Indian journal of veterinary science and animal husbandry - Volume 11,
Year: 1941
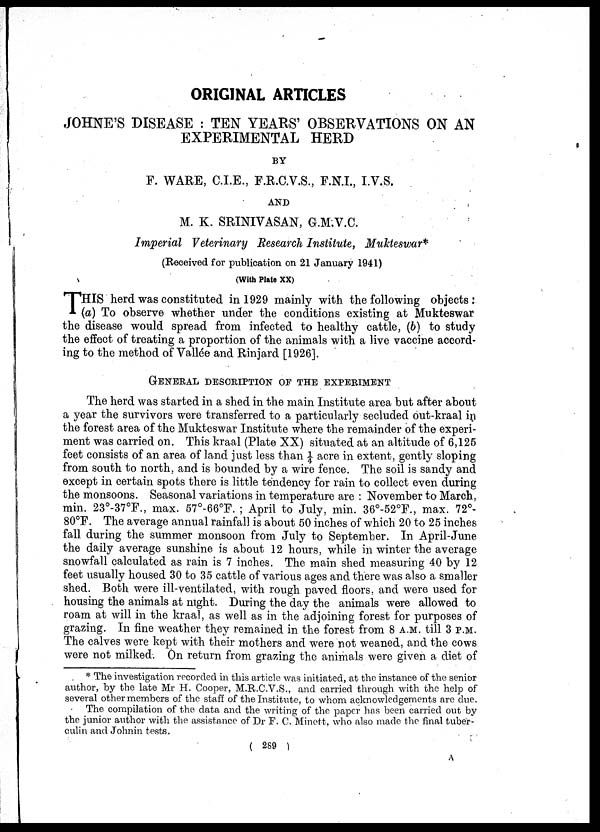
ORIGINAL ARTICLES
JOHNE'S DISEASE : TEN YEARS' OBSERVATIONS ON AN
EXPERIMENTAL HERD
BY
F. WARE, C.I.E., F.R.C.V.S., F.N.I., I.V.S.
AND
M. K. SRINIVASAN, G.M.V.C.
Imperial Veterinary Research Institute, Mukteswar*
(Received for publication on 21 January 1941)
(With Plate XX)
T HIS herd was constituted in 1929 mainly with the following objects:
(a) To observe whether under the conditions existing at Mukteswar
the disease would spread from infected to healthy cattle, (b) to study
the effect of treating a proportion of the animals with a live vaccine accord-
ing to the method of Vallée and Rinjard [1926].
GENERAL DESCRIPTION OF THE EXPERIMENT
The herd was started in a shed in the main Institute area but after about
a year the survivors were transferred to a particularly secluded out-kraal in
the forest area of the Mukteswar Institute where the remainder of the experi-
ment was carried on. This kraal (Plate XX) situated at an altitude of 6,125
feet consists of an area of land just less than ¼ acre in extent, gently sloping
from south to north, and is bounded by a wire fence. The soil is sandy and
except in certain spots there is little tendency for rain to collect even during
the monsoons. Seasonal variations in temperature are : November to March,
min. 23°-37°F., max. 57°-66°F. ; April to July, min. 36°-52°F., max. 72°-
80°F. The average annual rainfall is about 50 inches of which 20 to 25 inches
fall during the summer monsoon from July to September. In April-June
the daily average sunshine is about 12 hours, while in winter the average
snowfall calculated as rain is 7 inches. The main shed measuring 40 by 12
feet usually housed 30 to 35 cattle of various ages and there was also a smaller
shed. Both were ill-ventilated, with rough paved floors, and were used for
housing the animals at night. During the day the animals were allowed to
roam at will in the kraal, as well as in the adjoining forest for purposes of
grazing. In fine weather they remained in the forest from 8 A.M. till 3 P.M.
The calves were kept with their mothers and were not weaned, and the cows
were not milked. On return from grazing the animals were given a diet of
* The investigation recorded in this article was initiated, at the instance of the senior
author, by the late Mr H. Cooper, M.R.C.V.S., and carried through with the help of
several other members of the staff of the Institute, to whom acknowledgements are due.
The compilation of the data and the writing of the paper has been carried out by
the junior author with the assistance of Dr F. C. Minett, who also made the final tuber-
culin and Johnin tests.
( 289 )
A